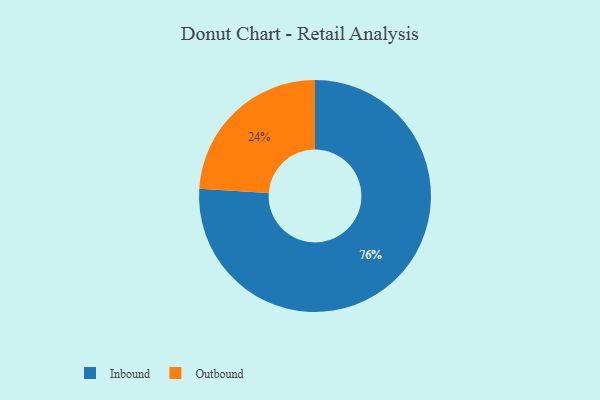
{"axis": {"x": "Category", "y": "Percentage"}, "legend": ["Inbound", "Outbound"], "data": [{"x": "Inbound", "y": 76, "type": "Inbound"}, {"x": "Outbound", "y": 24, "type": "Outbound"}]}